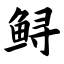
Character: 鲟